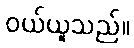
ဝယ်ယူသည်။